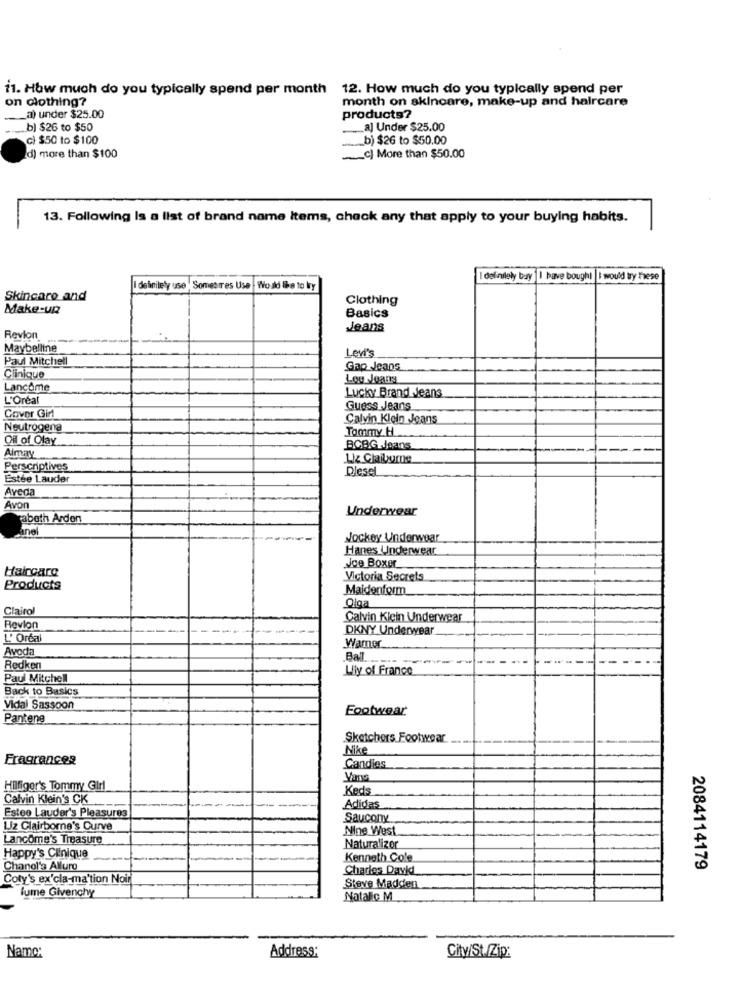
11. How much do you typically spend per month 12. How much do you typically spend per
on clothing?
month on skincare, make-up and haircare
_a) under $25.00
products?
b) $26 to $50
al Under $25.00
c) $50 to $100
b) $26 to $50.00
d) more than $100
~c] More than $50.00
13. Following Is a list of brand name items, check any that apply to your buying habits.
definilely bay |I have bough!
I would try hese
I definitely use Somestres Use Would lhe to bry
Skincare and
Clothing
Make-up
Basics
Jeans
Revlon
Maybelline
Levi's
Paul Mitchell
Gap Jeans
Clinique
Lou Jeans
Lancome
L'Oréal
Lucky Brand Jeans
Guess Jeans
Cover Girl
Calvin Klein Jeans
Neutrogena
Tommy H.
Oil of Olay
Almay
BCBG Jeans
Liz Claiborne
Perscriptives
Diesel
Estée Lauder
Aveda
Avon
Underwear
abeth Arden
anel
Jockey Underwear
Hanes Underwear
Haircare
Joe Boxer
Victoria Secrets
Products
Maidenform
Clairol
Olga
Calvin Klein Underwear
Revlon
DKNY Underwear
L'Oréal
Wamer
Avoda
Bal
Redken
Lily of France
Paul Mitchell
Back to Basics
Vidal Sassoon
Footwear
Pantene
Sketchers Footwear
Nike
Fragrances
Candies
Hilfiger's Tommy Girl
Keds
Calvin Klein's CK
Adidas
Estee Lauder's Pleasures
Saucony
LIz Clairborne's Ourve
Nine West
Lancome's Treasure
Naturalizor
Happy's Clinique
Kenneth Cole
Chanel's Alluro
Charles David
2084114179
Coty's ex'cla-ma'tion Noir
fume Givenchy
Steve Madden
Natalic M
Name:
Address:
City/St /Zip: